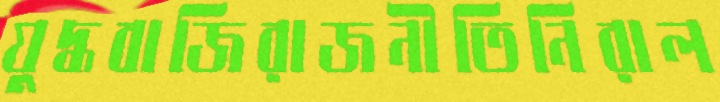
যুদ্ধবাজিরাজনীতিনিরাল